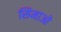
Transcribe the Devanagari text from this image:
सिमाओ